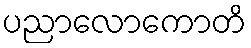
ပညာလောကောတိ